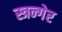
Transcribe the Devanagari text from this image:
स्त्रन्गेर